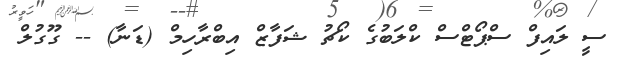
ސީ ލައިފް ސްޕޯޓްސް ކްލަބުގެ ކޯޗު ޝަފާޒް އިބްރާހިމް (ޑަނާ) -- ގޫގުލް